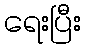
ရေးပြီး